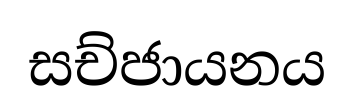
සච්ජායනය